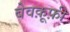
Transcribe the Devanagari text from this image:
बेवक़ूफ़ी